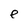
Character: e